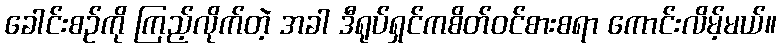
ခေါင်းစဉ်ကို ကြည့်လိုက်တဲ့ အခါ ဒီရုပ်ရှင်ကစိတ်ဝင်စားစရာ ကောင်းလိမ့်မယ်။